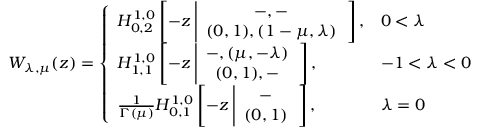
W _ { \lambda , \mu } ( z ) = \left\{ \begin{array} { l l } { H _ { 0 , 2 } ^ { 1 , 0 } \left[ - z \left| \begin{array} { c } { - , - } \\ { ( 0 , 1 ) , ( 1 - \mu , \lambda ) } \end{array} \right. \right] , } & { 0 < \lambda } \\ { H _ { 1 , 1 } ^ { 1 , 0 } \left[ - z \left| \begin{array} { c } { - , ( \mu , - \lambda ) } \\ { ( 0 , 1 ) , - } \end{array} \right. \right] , } & { - 1 < \lambda < 0 } \\ { \frac { 1 } { \Gamma ( \mu ) } H _ { 0 , 1 } ^ { 1 , 0 } \left[ - z \left| \begin{array} { c } { - } \\ { ( 0 , 1 ) } \end{array} \right. \right] , } & { \lambda = 0 } \end{array} \right.